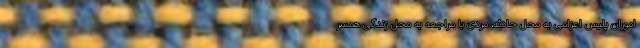
اموران پلیس اعزامی به محل حادثه، مردی با مراجعه به محل زندگی همسر